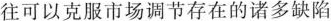
往可以克服市场调节存在的诸多缺陷